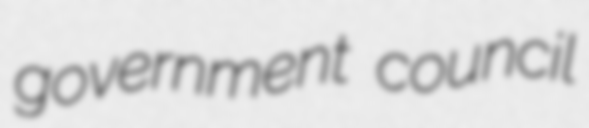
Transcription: government council